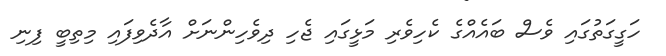
ހަގީގަތުގައި ވެސް ބައެއްގެ ކެހިވެރި މަޅީގައި ޖެހި ދިވެހިންނަށް އާދެވިފައި މިތިބީ ފިނި